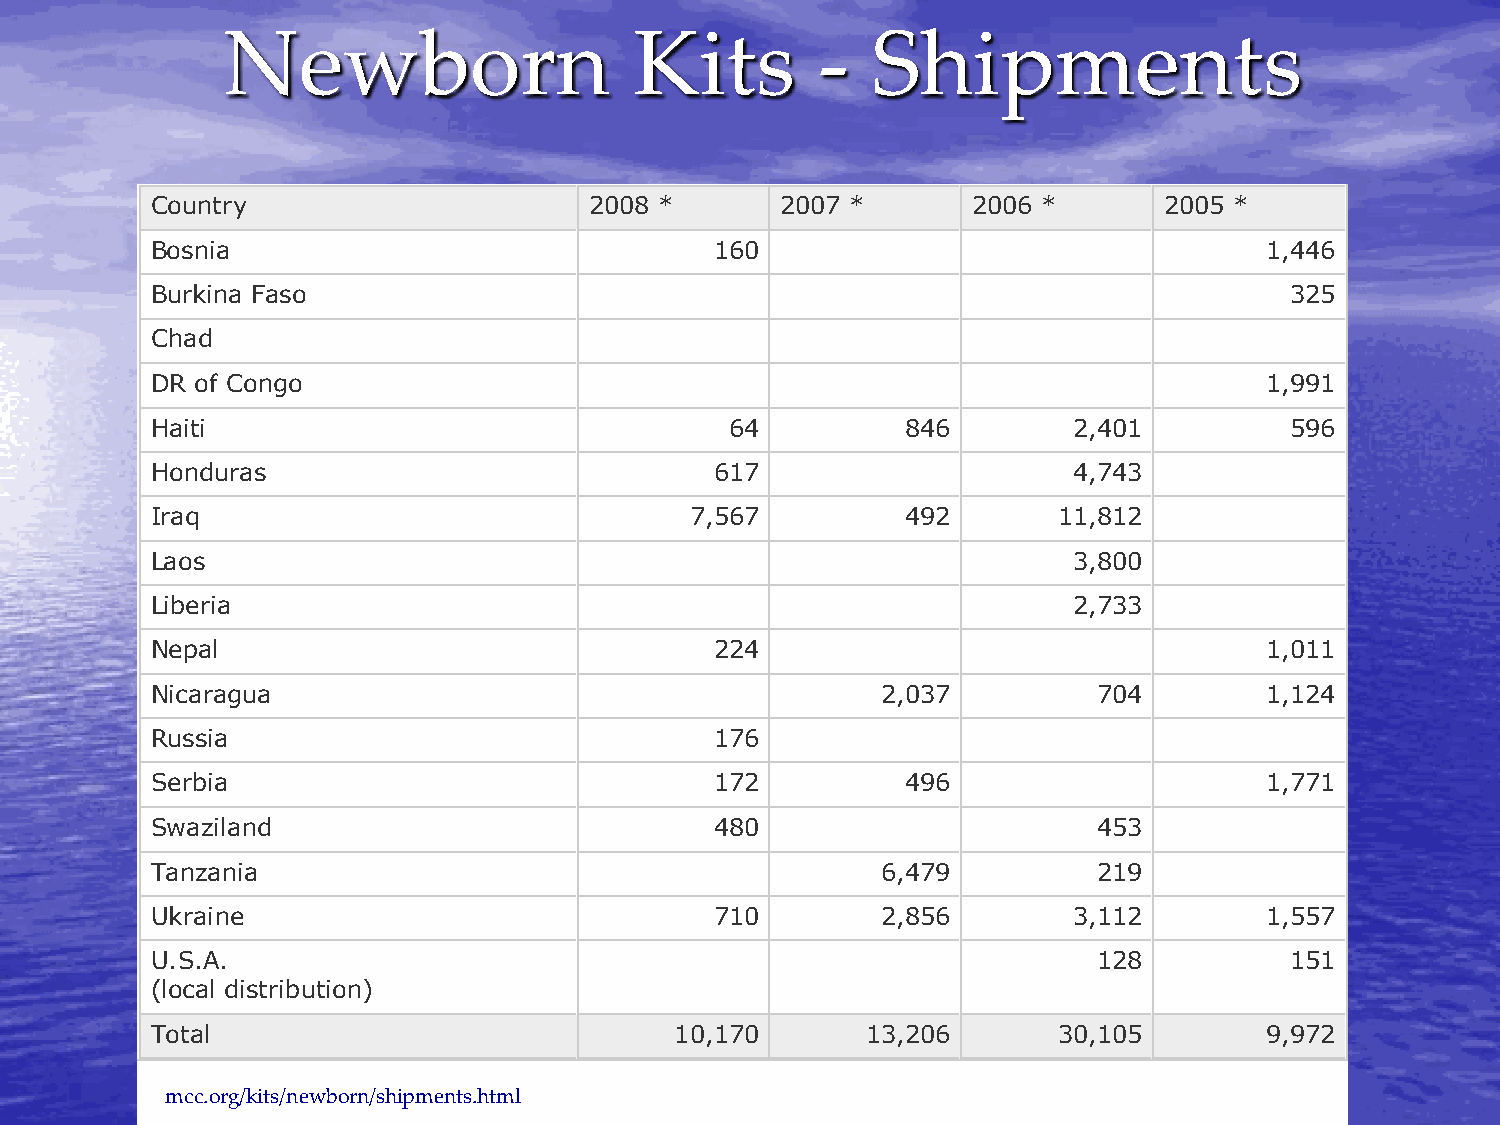
Newborn                    Kits        -   Shipments
 Country                      2008 *       2007 *      2006 *       2005 *
 Bosnia                               160                                  1,446
 Burkina Faso                                                               325
 Chad
 DR of Congo                                                               1,991
 Haiti                                 64          846        2,401         596
 Honduras                             617                     4,743
 Iraq                                7,567         492       11,812
 Laos                                                         3,800
 Liberia                                                      2,733
 Nepal                                224                                  1,011
 Nicaragua                                       2,037          704        1,124
 Russia                               176
 Serbia                               172          496                     1,771
 Swaziland                            480                       453
 Tanzania                                        6,479          219
 Ukraine                              710        2,856        3,112        1,557
 U.S.A.                                                         128         151
 (local distribution)
 Total                              10,170      13,206       30,105        9,972
 mcc.org/kits/newborn/shipments.html